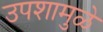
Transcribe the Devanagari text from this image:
उपशामुळे